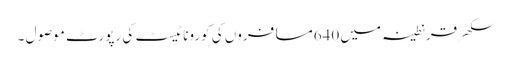
سکھر قرنطینہ میں 640مسافروں کی کورونا ٹیسٹ کی رپورٹ موصول ۔